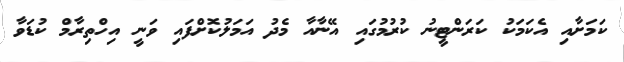
ކަމަށާއި އެކަމަކު ކަރަންޓީނު ކުރުމުގައި އޭނާއާ މެދު އަމަލުކޮށްފައި ވަނީ އިހްތިރާމް ކުޑަވާ